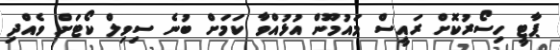
ޕާޓީ ހިސޯރުކޮށް ރައީސް މައުމޫން އުޅުއްވާ ކަމަށް ބުނެ ސިވިލް ކޯޓަށް ވެއްދި